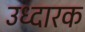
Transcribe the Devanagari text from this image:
उध्दारक